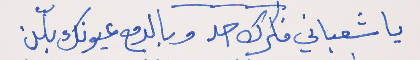
يا شعباني فكرك حد     وبالدمع عيونك بلّن